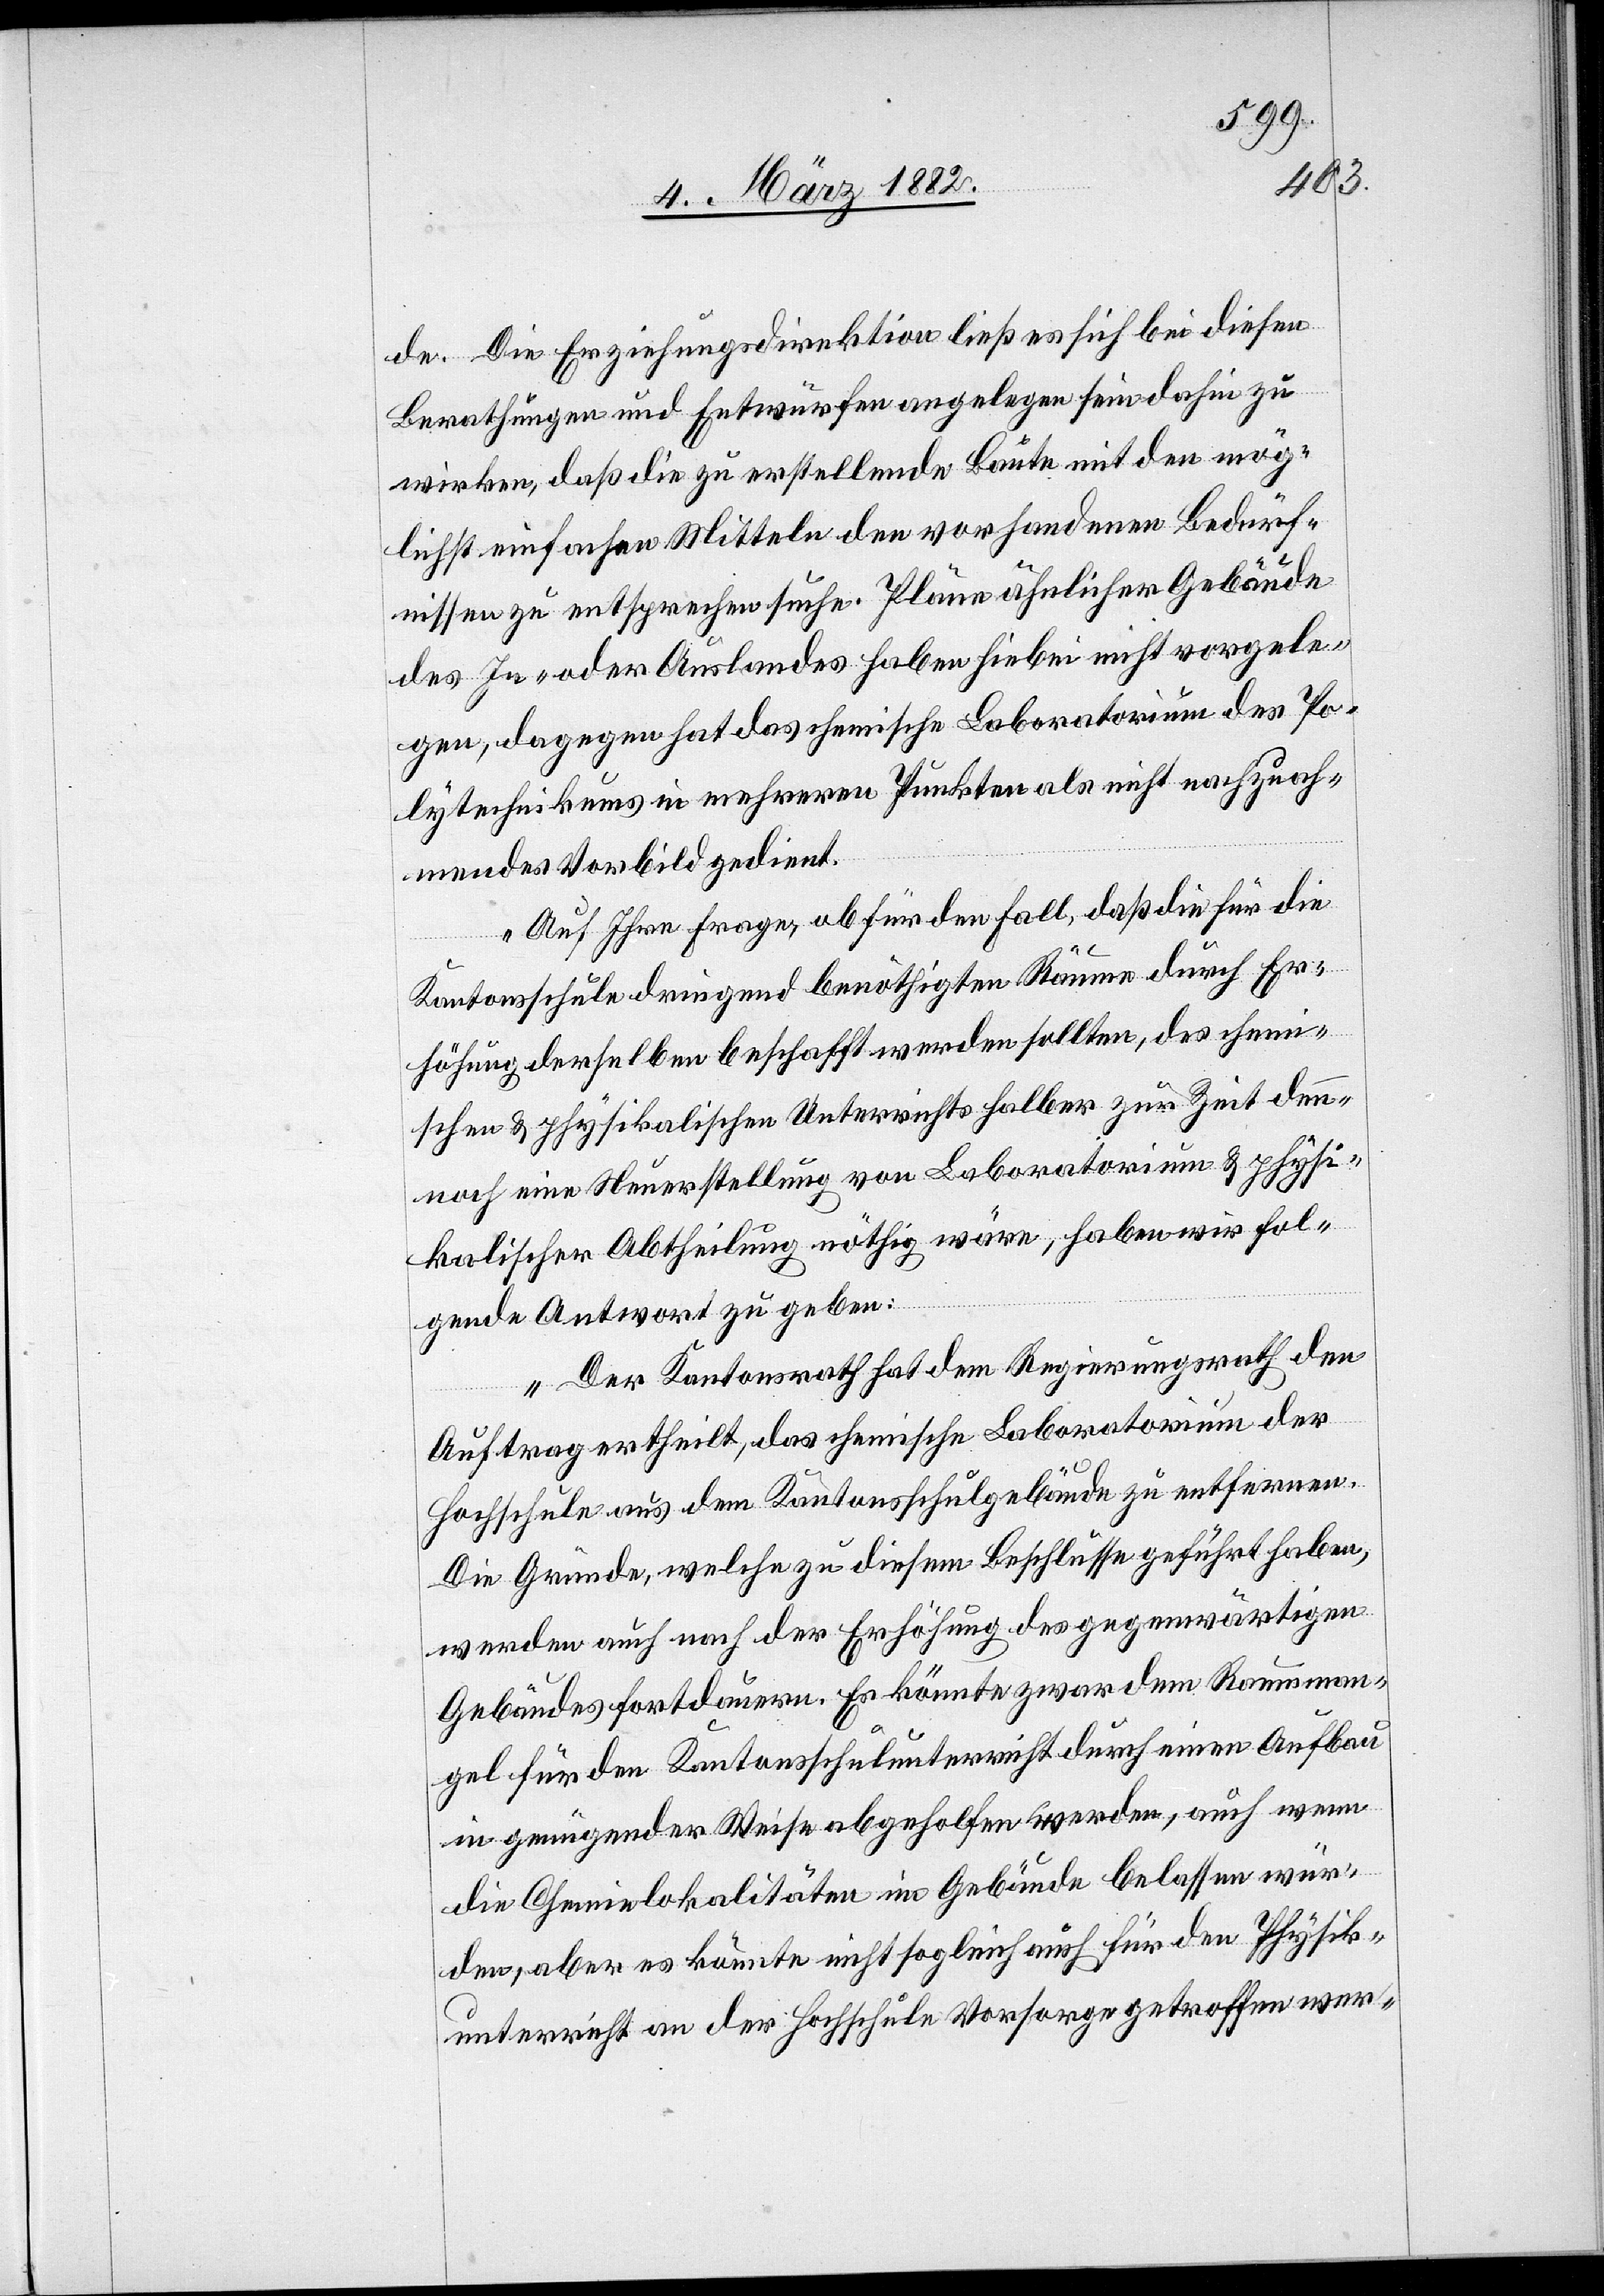
de. Die Erziehungsdirektion ließ es sich bei diesen
Berathungen und Entwürfen angelegen sein dahin zu
wirken, daß die zu erstellende Baute mit den mög¬
lichst einfachen Mitteln den vorhandenen Bedürf¬
nissen zu entsprechen suche. Pläne ähnlicher Gebäude
des In- oder Auslandes haben hiebei nicht vorgele¬
gen, dagegen hat das chemische Laboratorium des Po¬
lytechnikums in mehreren Punkten als nicht nachzuah¬
mendes Vorbild gedient.
Auf Ihre Frage, ob für den Fall, daß die für die
Kantonsschule dringend benöthigten Räume durch Er¬
höhung derselben beschafft werden sollten, des chemi¬
schen & physikalischen Unterrichts halber zur Zeit den¬
noch eine Neuerstellung von Laboratorien & physi¬
kalischer Abtheilung nöthig wäre, haben wir fol¬
gende Antwort zu geben:
Der Kantonsrath hat dem Regierungsrath den
Auftrag ertheilt, das chemische Laboratorium der
Hochschule aus dem Kantonsschulgebäude zu entfernen.
Die Gründe, welche zu diesem Beschlusse geführt haben,
werden auch nach der Erhöhung des gegenwärtigen
Gebäudes fortdauern. Es könnte zwar dem Raumman¬
gel für den Kantonsschulunterricht durch einen Aufbau
in genügender Weise abgeholfen werden, auch wenn
die Chemielokalitäten im Gebäude belassen wür¬
den, aber es könne nicht sogleich auch für den Physik¬
unterricht an der Hochschule Vorsorge getroffen wer-